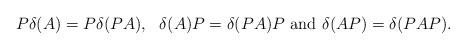
LaTeX: \begin{align*}P\delta(A)=P\delta(PA),~~\delta(A)P=\delta(PA)P~\mathrm{and}~\delta(AP)=\delta(PAP). \end{align*}